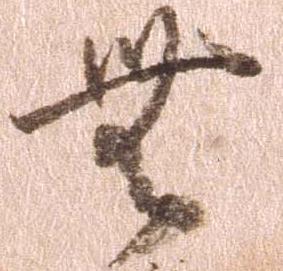
無